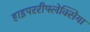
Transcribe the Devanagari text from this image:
हाइपररीफ्लेक्सिया